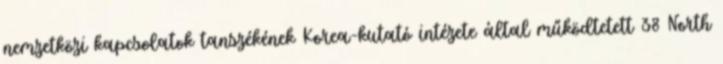
nemzetközi kapcsolatok tanszékének Korea-kutató intézete által működtetett 38 North